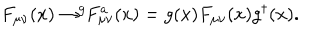
LaTeX: F _ { \mu \nu } ( x ) \rightarrow ^ { g } \! \! F _ { \mu \nu } ^ { a } ( x ) = g ( x ) F _ { \mu \nu } ( x ) g ^ { \dagger } ( x ) .